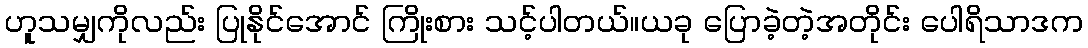
ဟူသမျှကိုလည်း ပြုနိုင်အောင် ကြိုးစား သင့်ပါတယ်။ယခု ပြောခဲ့တဲ့အတိုင်း ပေါရိသာဒက